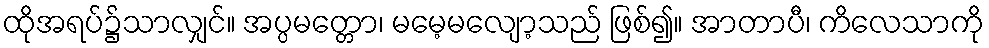
ထိုအရပ်၌သာလျှင်။ အပ္ပမတ္တော၊ မမေ့မလျော့သည် ဖြစ်၍။ အာတာပီ၊ ကိလေသာကို